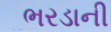
ભરડાની